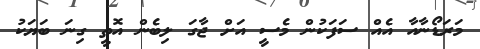
މަރަޑޯނާއާ އެއް ސަފަކުން މެސީ އަށް ޖާގަ ލިބެން އޮތީ ގިނަ ބަޔަކު